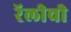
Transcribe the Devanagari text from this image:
रॅलीची